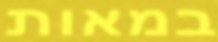
במאות